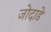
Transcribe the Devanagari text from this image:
जोदाडे